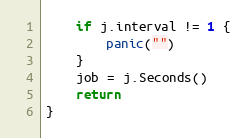
Language: Go
	if j.interval != 1 {
		panic("")
	}
	job = j.Seconds()
	return
}